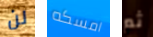
لن امسكه ثم